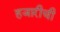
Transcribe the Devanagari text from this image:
हजारीची